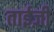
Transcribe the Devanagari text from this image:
ताईज़ी